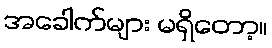
အခေါက်များ မရှိတော့။